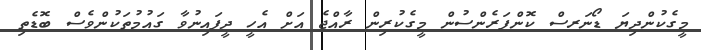
މީގެކުންދިޔަ ޑޯނަރސް ކޮންފަރެންސުން މީގެކުރިން ރާއްޖެ އަށް އެހީ ދީފައިނުވާ ގައުމުތަކުންވެސް ބޮޑެތި